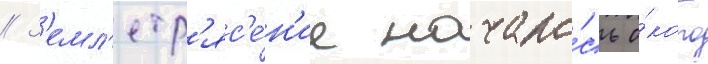
// З'емл'етр'яс'е́н'ие начало́сь о́коло